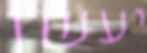
יעשו